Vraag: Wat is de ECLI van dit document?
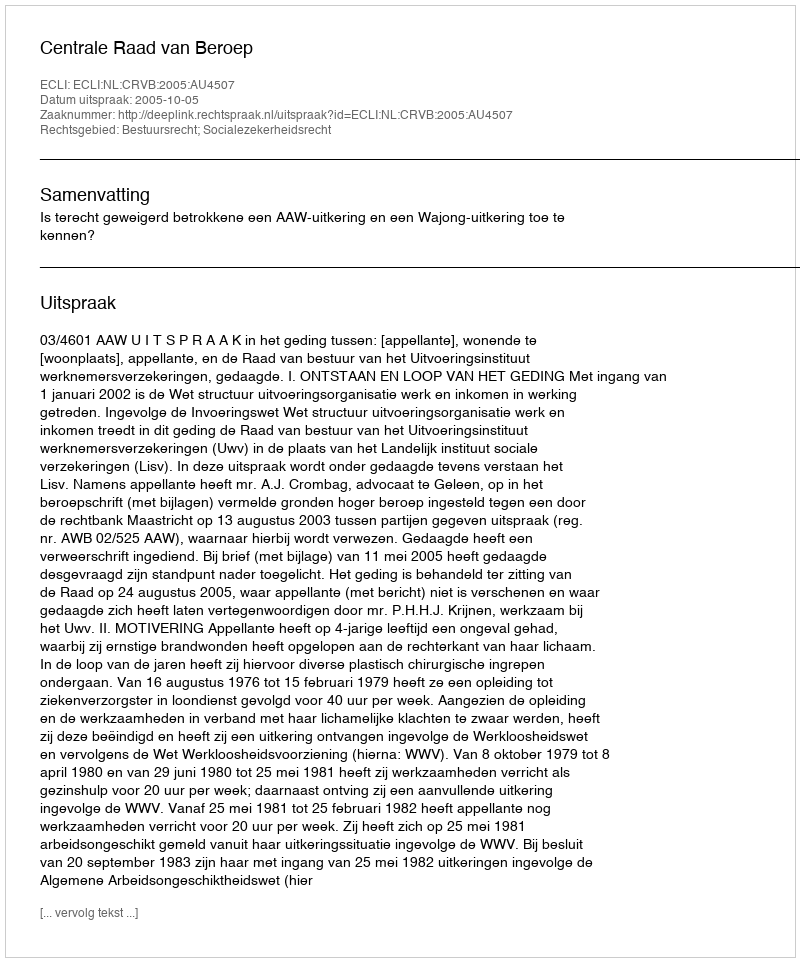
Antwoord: ECLI:NL:CRVB:2005:AU4507